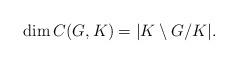
LaTeX: \begin{align*}\dim C(G,K) = |K\setminus G/K|.\end{align*}